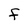
Character: F